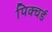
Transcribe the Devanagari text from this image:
पिक्चर्ड